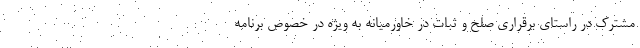
مشترک در راستای برقراری صلح و ثبات در خاورمیانه به ویژه در خصوص برنامه